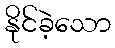
နိုင်ခဲ့သော